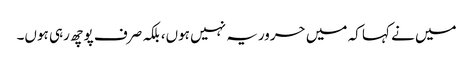
میں نے کہا کہ میں حروریہ نہیں ہوں، بلکہ صرف پوچھ رہی ہوں۔